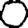
Digit: 0